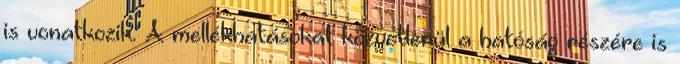
is vonatkozik. A mellékhatásokat közvetlenül a hatóság részére is